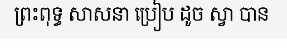
ព្រះពុទ្ធ សាសនា ប្រៀប ដូច ស្វា បាន